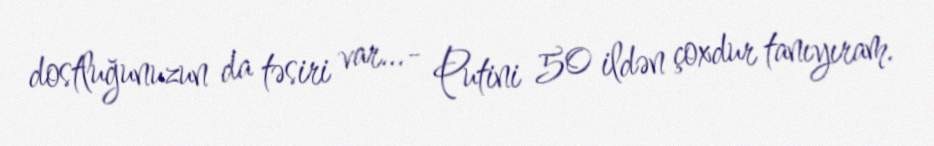
dostluğunuzun da təsiri var…- Putini 50 ildən çoxdur tanıyıram.